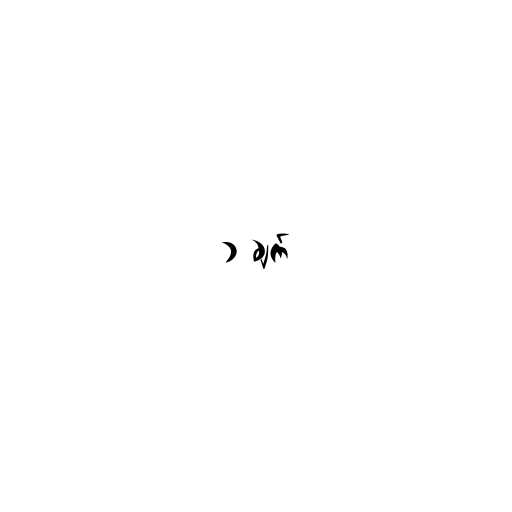
၁ ချက်